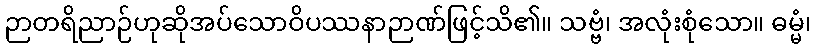
ဉာတရိညာဉ်ဟုဆိုအပ်သောဝိပဿနာဉာဏ်ဖြင့်သိ၏။ သဗ္ဗံ၊ အလုံးစုံသော။ ဓမ္မံ၊